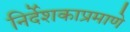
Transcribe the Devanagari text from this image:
निर्देशकाप्रमाणे